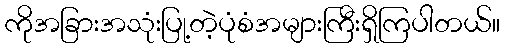
ကိုအခြားအသုံးပြု့တဲ့ပုံစံအများကြီးရှိကြပါတယ်။